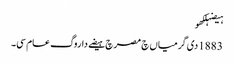
ہیضہلکھو
1883 دی گرمیاں چ مصر چ ہیضے دا روگ عام سی۔